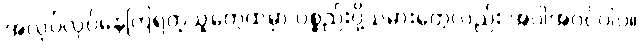
အလုပ်လုပ်နေကြရတဲ့သူတွေထဲမှာ ပစ္စည်းပို့သမားတွေလည်း အပါအဝင်ပါပဲ။